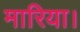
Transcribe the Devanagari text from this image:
मारिया।